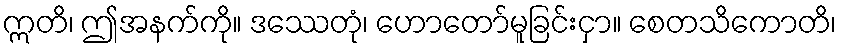
ဣတိ၊ ဤအနက်ကို။ ဒဿေတုံ၊ ဟောတော်မူခြင်းငှာ။ စေတသိကောတိ၊